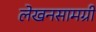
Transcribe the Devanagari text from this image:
लेखनसामग्री